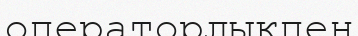
операторлықпен